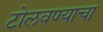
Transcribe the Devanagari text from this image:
टोलवण्याचा